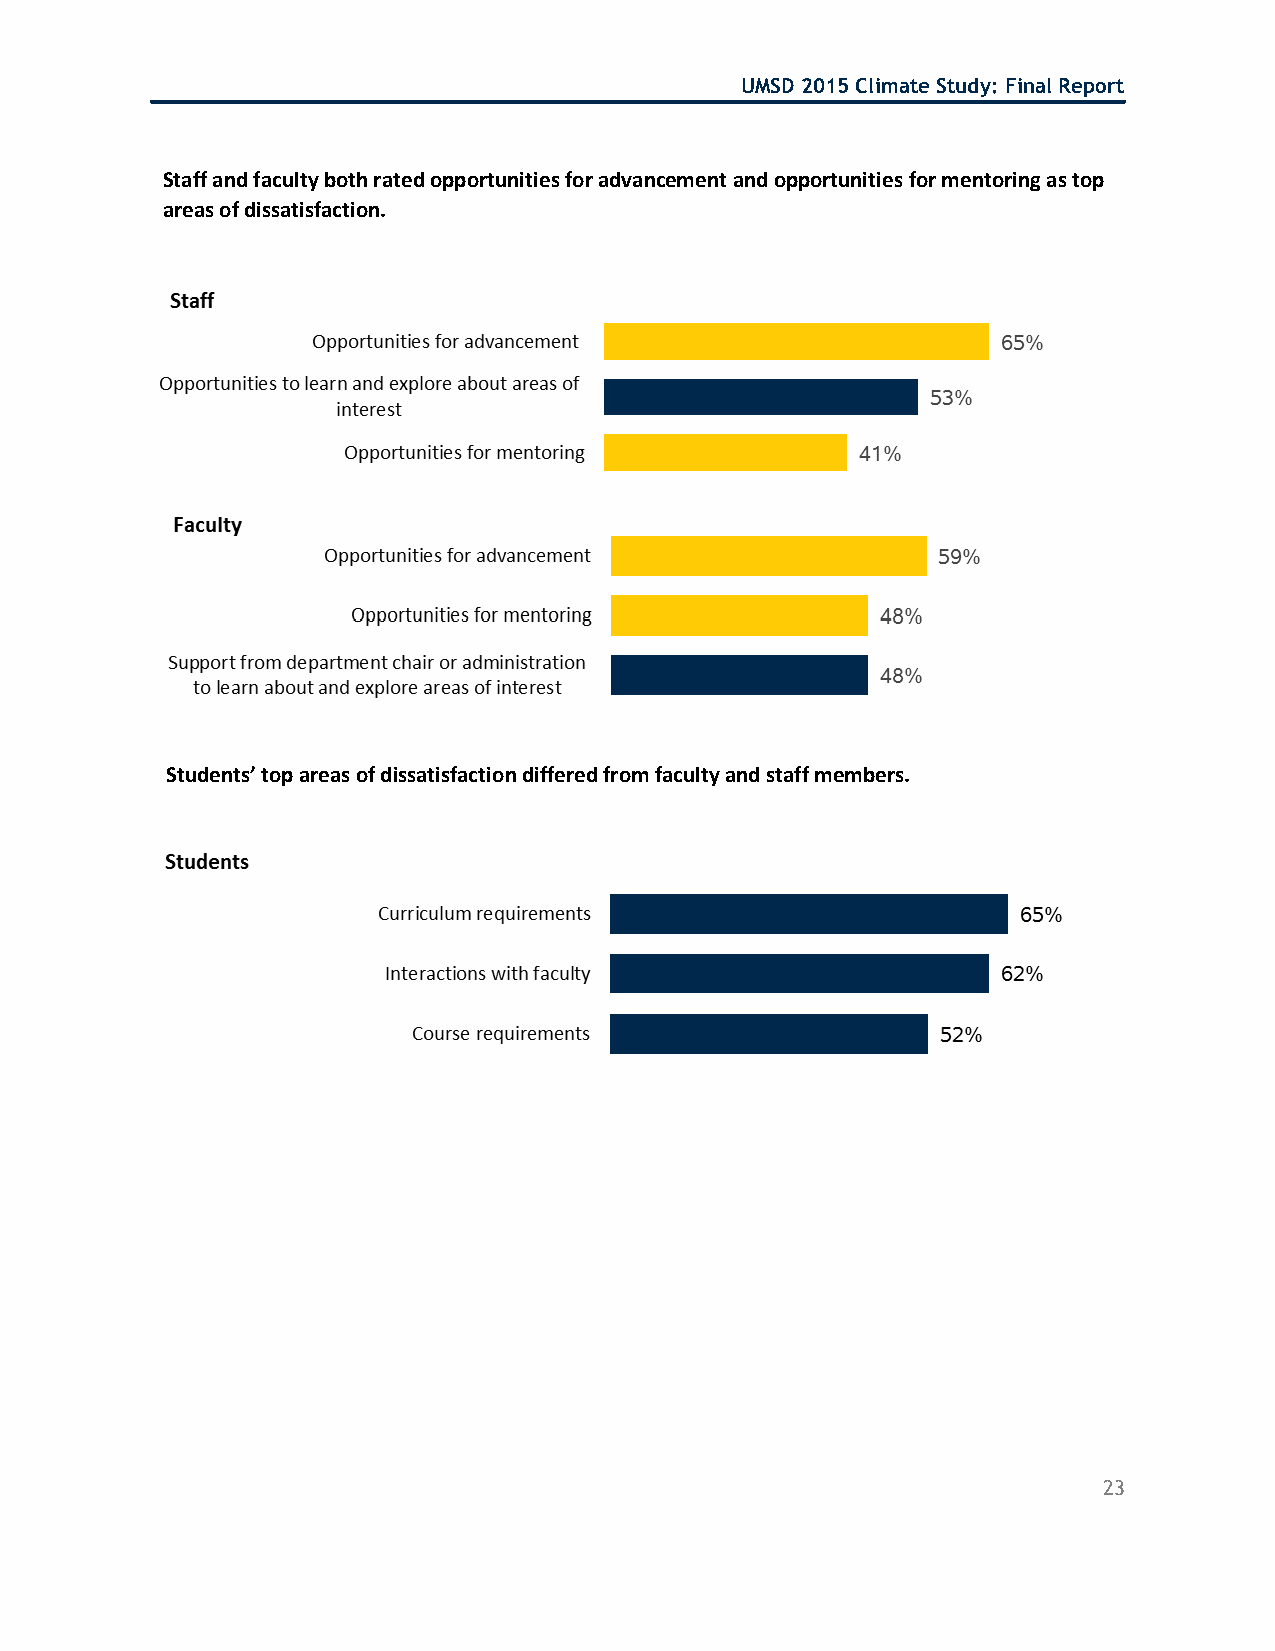
UMSD 2015 Climate Study: Final Report
 Staff and faculty both rated opportunities for advancement and opportunities for mentoring as top
 areas of dissatisfaction.
 Students’ top areas of dissatisfaction differed from faculty and staff members.
 23